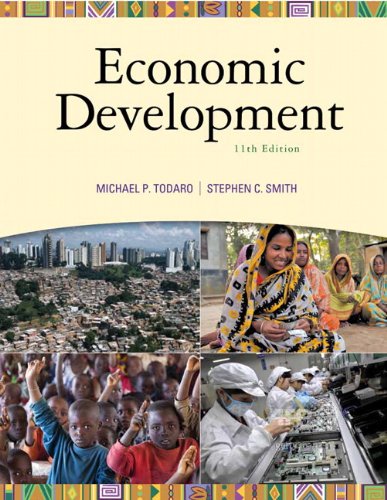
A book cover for Economic Development (11th Edition) (The Pearson Series in Economics); Michael P. Todaro; Business & Money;